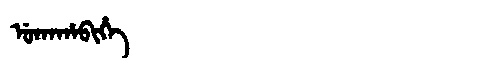
Manchu: ᡠᡴᠠᡥᠠᠪᡳᡥᡝ
Romanization: UKAHABIHE